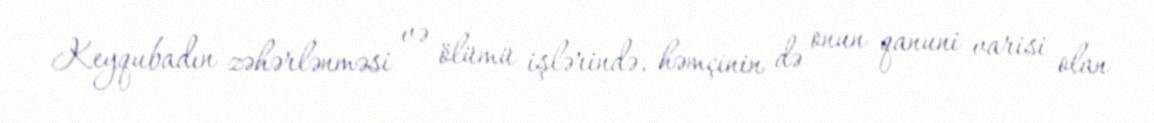
Keyqubadın zəhərlənməsi və ölümü işlərində, həmçinin də onun qanuni varisi olan